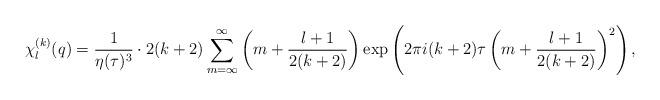
LaTeX: \begin{align*}\chi^{(k)}_l(q) = {1 \over {\eta(\tau)^3}} \cdot 2(k+2) \sum_{m=\infty}^\infty \left( m + {{l+1} \over {2(k+2)}} \right) \exp \left( 2 \pi i (k+2) \tau \left( m + {{l+1} \over {2(k+2)}} \right)^2 \right),\end{align*}